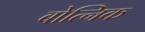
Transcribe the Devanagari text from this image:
बोत्निक